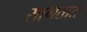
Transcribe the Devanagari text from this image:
सागतात